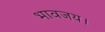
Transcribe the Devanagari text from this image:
भावजय।